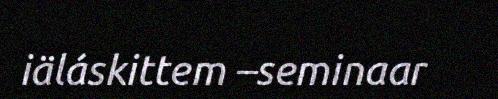
iäláskittem –seminaar